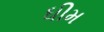
ધીમ